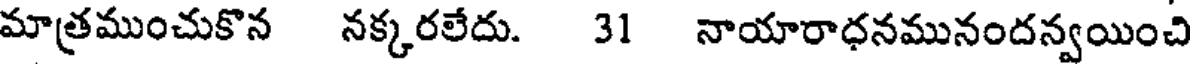
మాత్రముంచుకొన నక్కరలేదు. 31 నాయారాధనమునందన్వయించి